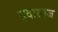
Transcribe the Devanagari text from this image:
दवासाज